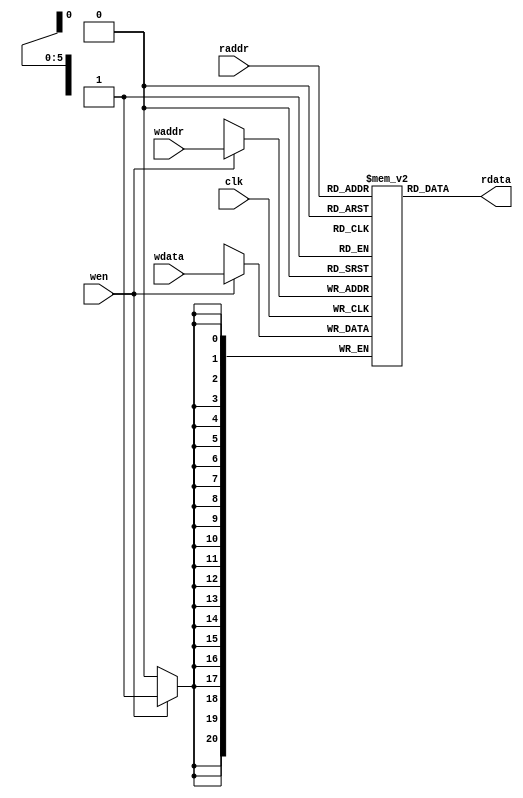
`timescale 10 ns / 1 ns

`define TARRAY_DATA_WIDTH 21
`define TARRAY_ADDR_WIDTH 6
`define TARRAY_SET 64
//setTARRAT_SET TARRT_ADDR_WIDTH
module tag_array(
	input                             clk,
	input  [`TARRAY_ADDR_WIDTH - 1:0] waddr,
	input  [`TARRAY_ADDR_WIDTH - 1:0] raddr,
	input                             wen,
	input  [`TARRAY_DATA_WIDTH - 1:0] wdata,
	output [`TARRAY_DATA_WIDTH - 1:0] rdata
);

	reg [`TARRAY_DATA_WIDTH-1:0] array[ `TARRAY_SET - 1 : 0];
	
	always @(posedge clk)
	begin
		if(wen)
			array[waddr] <= wdata;
	end 

assign rdata = array[raddr];

endmodule